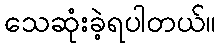
သေဆုံးခဲ့ရပါတယ်။